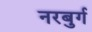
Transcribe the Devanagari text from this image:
नरबुर्ग